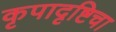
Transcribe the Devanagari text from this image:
कृपादृष्टिचा